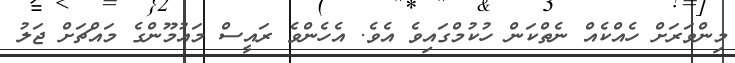
މިންވަރަށް ހެއްކެއް ނެތްކަން ހުކުމްގައިވެ އެވެ. އެހެންވެ ރައީސް މައުމޫންގެ މައްޗަށް ޖަލު